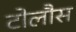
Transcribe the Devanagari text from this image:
टोलौस